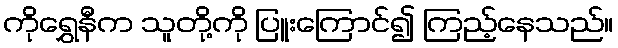
ကိုရွှေနီက သူတို့ကို ပြူးကြောင်၍ ကြည့်နေသည်။